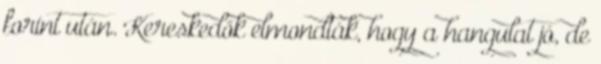
forint után. Kereskedők elmondták, hogy a hangulat jó, de